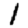
Digit: 1